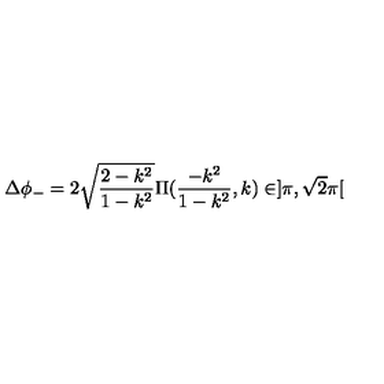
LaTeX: \Delta \phi _ { - } = 2 \sqrt { \frac { 2 - k ^ { 2 } } { 1 - k ^ { 2 } } } \Pi ( \frac { - k ^ { 2 } } { 1 - k ^ { 2 } } , k ) \in ] \pi , \sqrt { 2 } \pi [